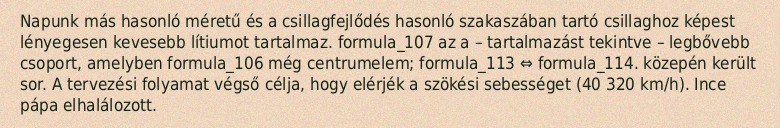
Napunk más hasonló méretű és a csillagfejlődés hasonló szakaszában tartó csillaghoz képest lényegesen kevesebb lítiumot tartalmaz. formula_107 az a – tartalmazást tekintve – legbővebb csoport, amelyben formula_106 még centrumelem; formula_113 ⇔ formula_114. közepén került sor. A tervezési folyamat végső célja, hogy elérjék a szökési sebességet (40 320 km/h). Ince pápa elhalálozott.